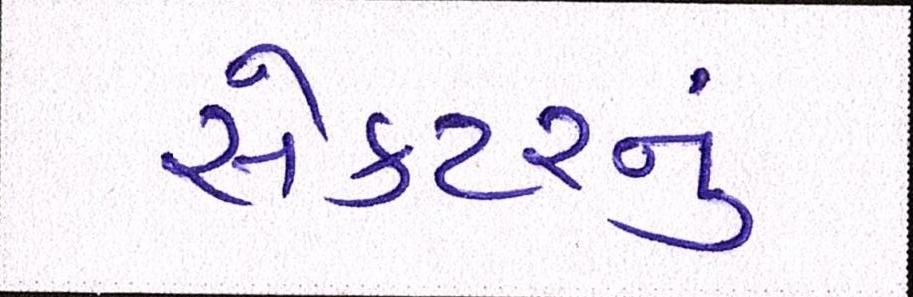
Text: સેક્ટરનું